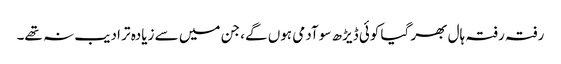
رفتہ رفتہ ہال بھر گیا کوئی ڈیڑھ سو آدمی ہوں گے، جن میں سے زیادہ تر ادیب نہ تھے۔